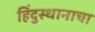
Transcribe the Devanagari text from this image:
हिंदुस्थानाचा